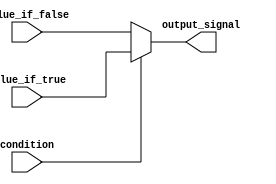
module conditional_assignment_block (
    input wire condition,
    input wire [7:0] value_if_true,
    input wire [7:0] value_if_false,
    output reg [7:0] output_signal
);

always @* begin
    if (condition) begin
        output_signal = value_if_true;
    end else begin
        output_signal = value_if_false;
    end
end

endmodule